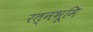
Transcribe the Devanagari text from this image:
रत्नभूमि